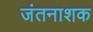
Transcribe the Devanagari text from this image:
जंतनाशक